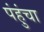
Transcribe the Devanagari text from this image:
पंहुंचा